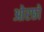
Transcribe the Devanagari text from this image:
ओरछो